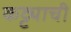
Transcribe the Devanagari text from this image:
कट्ट्याची